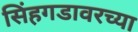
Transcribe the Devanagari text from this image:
सिंहगडावरच्या